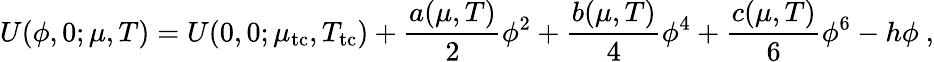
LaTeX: U(\phi,0;\mu,T)=U(0,0;\mu_{\mathrm{tc}},T_{\mathrm{tc}})+\frac{a(\mu,T)}{2}\phi^{2}+\frac{b(\mu,T)}{4}\phi^{4}+\frac{c(\mu,T)}{6}\phi^{6}-h\phi\ ,